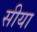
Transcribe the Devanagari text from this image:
सीया